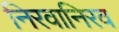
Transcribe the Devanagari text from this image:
निरवानिरव